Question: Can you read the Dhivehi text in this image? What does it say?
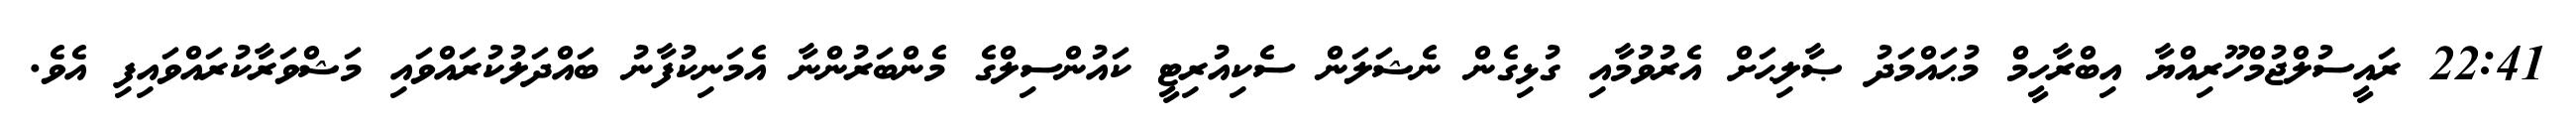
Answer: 22:41 ރައީސުލްޖުމްހޫރިއްޔާ އިބްރާހީމް މުޙައްމަދު ޞާލިޙަށް އެރުވުމާއި ގުޅިގެން ނެޝަލަން ސެކިއުރިޓީ ކައުންސިލްގެ މެންބަރުންނާ އެމަނިކުފާނު ބައްދަލުކުރައްވައި މަޝްވަރާކުރައްވައިފި އެވެ.